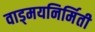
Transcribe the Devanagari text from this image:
वाड्मयनिर्मिती